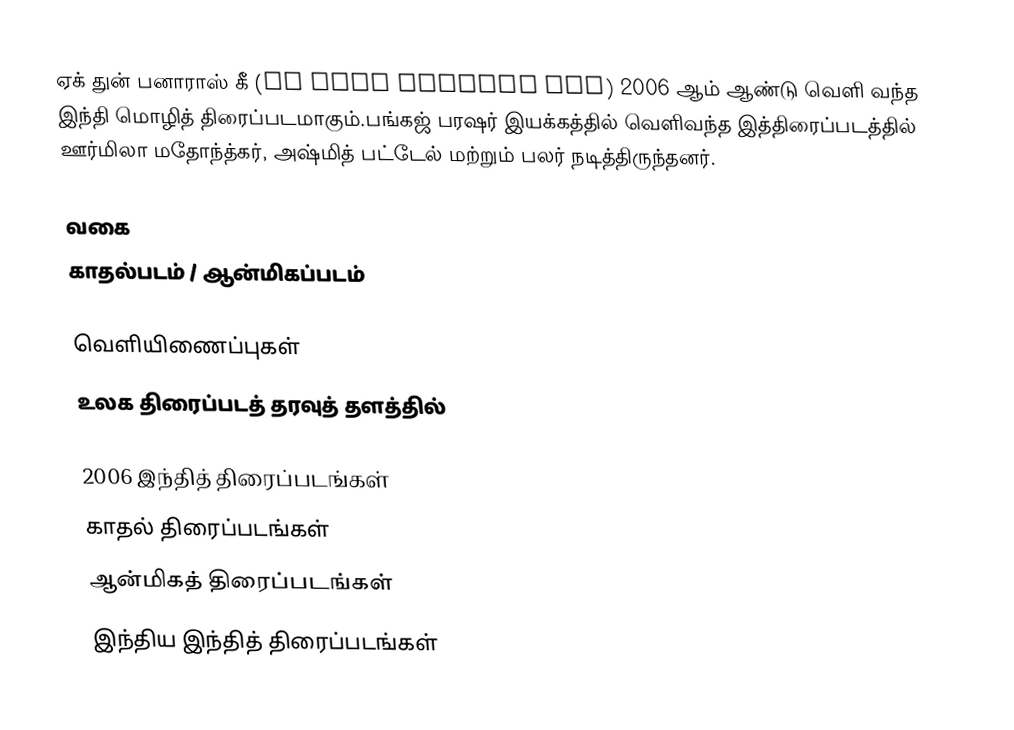
ஏக் துன் பனாராஸ் கீ (Ek Dhun Banaras Kee) 2006 ஆம் ஆண்டு வெளி வந்த இந்தி மொழித் திரைப்படமாகும்.பங்கஜ் பரஷர் இயக்கத்தில் வெளிவந்த இத்திரைப்படத்தில் ஊர்மிலா மதோந்த்கர், அஷ்மித் பட்டேல் மற்றும் பலர் நடித்திருந்தனர்.

வகை
காதல்படம் / ஆன்மிகப்படம்

வெளியிணைப்புகள்
உலக திரைப்படத் தரவுத் தளத்தில்

2006 இந்தித் திரைப்படங்கள்
காதல் திரைப்படங்கள்
ஆன்மிகத் திரைப்படங்கள்
இந்திய இந்தித் திரைப்படங்கள்